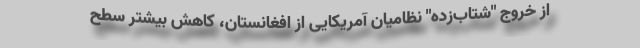
از خروج "شتاب‌زده" نظامیان آمریکایی از افغانستان، کاهش بیشتر سطح